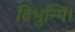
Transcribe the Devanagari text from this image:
विभुन्मि।